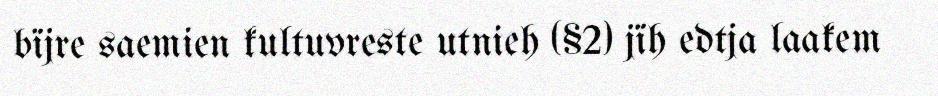
bïjre saemien kultuvreste utnieh (§2) jïh edtja laakem